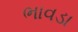
ભાવડા